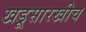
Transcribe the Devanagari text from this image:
खडूसारखीच